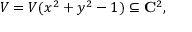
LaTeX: V = V ( x ^ { 2 } + y ^ { 2 } - 1 ) \subseteq \mathbf { C } ^ { 2 } ,